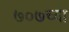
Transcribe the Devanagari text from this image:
७०७च्या